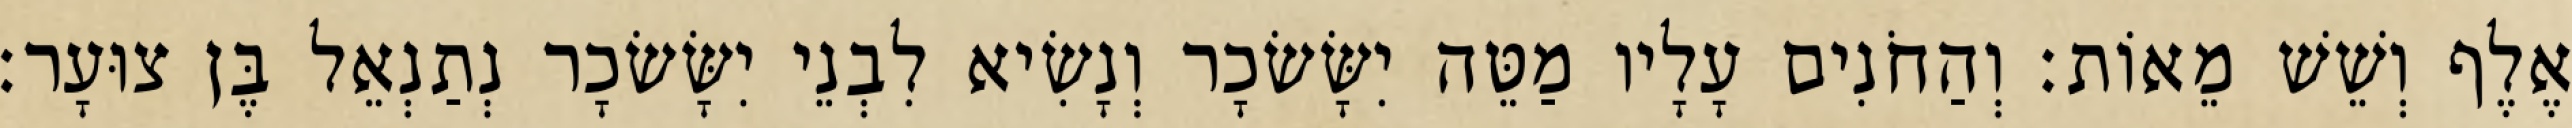
אֶלֶף וְשֵׁשׁ מֵאוֹת׃ וְהַחֹנִים עָלָיו מַטֵּה יִשָּׂשׂכָר וְנָשִׂיא לִבְנֵי יִשָּׂשׂכָר נְתַנְאֵל בֶּן צוּעָר׃